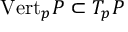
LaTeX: { \mathrm { V e r t } } _ { p } P \subset T _ { p } P